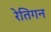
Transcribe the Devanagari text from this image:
रेतिगन